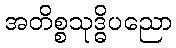
အတိစ္စသုဒ္ဓိပညော